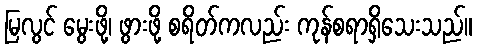
မြလွင် မွေးဖို့၊ ဖွားဖို့ စရိတ်ကလည်း ကုန်စရာရှိသေးသည်။